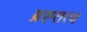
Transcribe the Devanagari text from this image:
ब्रह्तत्व